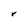
Character: r